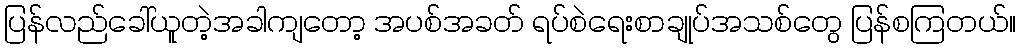
ပြန်လည်ခေါ်ယူတဲ့အခါကျတော့ အပစ်အခတ် ရပ်စဲရေးစာချုပ်အသစ်တွေ ပြန်စကြတယ်။